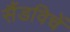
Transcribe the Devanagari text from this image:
सैंडविचें